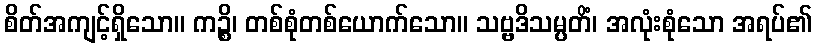
စိတ်အကျင့်ရှိသော။ ကဉ္စိ၊ တစ်စုံတစ်ယောက်သော။ သဗ္ဗဒိသမ္ပတိံ၊ အလုံးစုံသော အရပ်၏